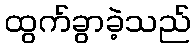
ထွက်ခွာခဲ့သည်